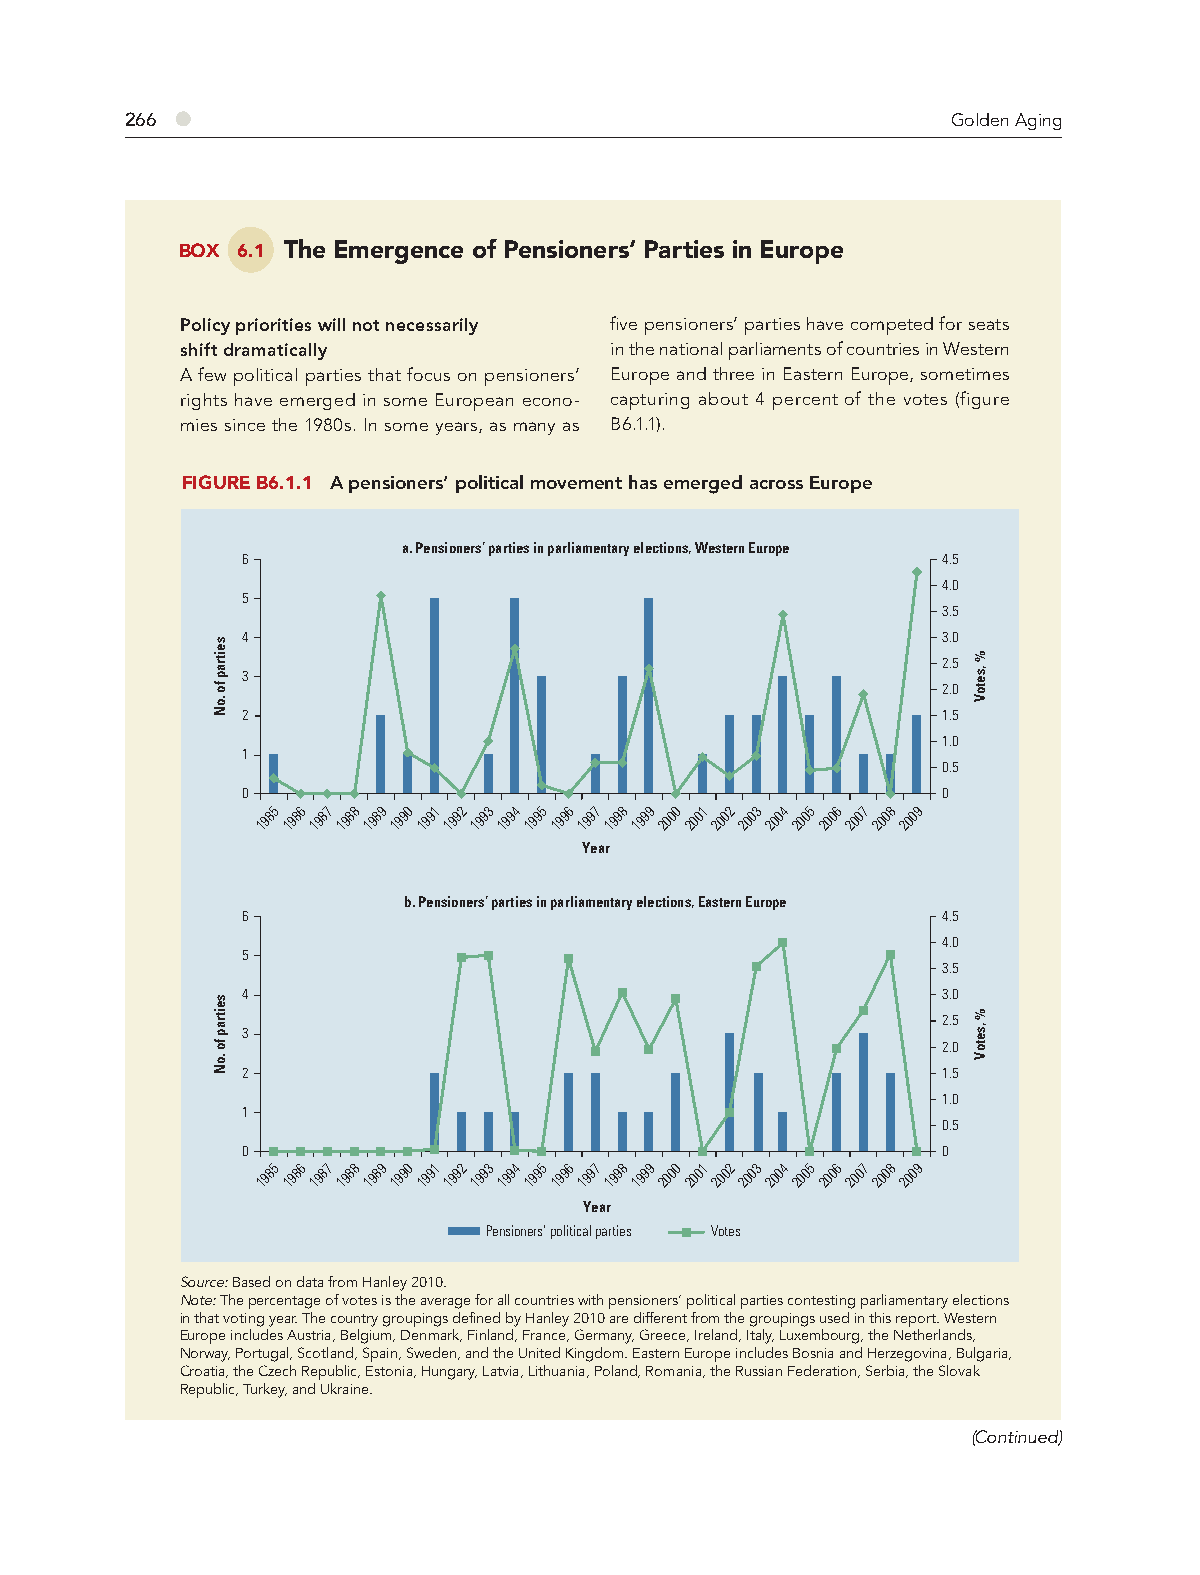
266 ●                                                  Golden Aging
 BOX 6.1 The Emergence of Pensioners’ Parties in Europe
 Policy priorities will not necessarily fi ve pensioners’ parties have competed for seats
 shift dramatically          in the national parliaments of countries in Western
 A few political parties that focus on pensioners’ Europe and three in Eastern Europe, sometimes
 rights have emerged in some European econo- capturing about 4 percent of the votes (figure
 mies since the 1980s. In some years, as many as B6.1.1).
 FIGURE B6.1.1 A pensioners’ political movement has emerged across Europe
 a. Pensioners’ parties in parliamentary elections, Western Europe
 6                                             4.5
 4.0
 5
 3.5
 4                                             3.0
 2.5
 3
 2.0
 2                                             1.5
 1.0
 1
 0.5
 0                                             0
 1985 1986 1987 1988 1989 1990 1991 1992 1993 1994 1995 1996 1997 1998 1999 2000 2001 2002 2003 2004 2005 2006 2007 2008 2009
 Year
 b. Pensioners’ parties in parliamentary elections, Eastern Europe
 6                                             4.5
 4.0
 5
 3.5
 4                                             3.0
 2.5
 3
 2.0
 2                                             1.5
 1.0
 1
 0.5
 0                                             0
 1985 1986 1987 1988 1989 1990 1991 1992 1993 1994 1995 1996 1997 1998 1999 2000 2001 2002 2003 2004 2005 2006 2007 2008 2009
 Year
 Pensioners’ political parties Votes
 Source: Based on data from Hanley 2010.
 Note: The percentage of votes is the average for all countries with pensioners’ political parties contesting parliamentary elections
 in that voting year. The country groupings defined by Hanley 2010 are different from the groupings used in this report. Western
 Europe includes Austria, Belgium, Denmark, Finland, France, Germany, Greece, Ireland, Italy, Luxembourg, the Netherlands,
 Norway, Portugal, Scotland, Spain, Sweden, and the United Kingdom. Eastern Europe includes Bosnia and Herzegovina, Bulgaria,
 Croatia, the Czech Republic, Estonia, Hungary, Latvia, Lithuania, Poland, Romania, the Russian Federation, Serbia, the Slovak
 Republic, Turkey, and Ukraine.
 (Continued)
 seitrap
 fo
 .oN
 seitrap
 fo
 .oN
 %
 ,setoV
 %
 ,setoV